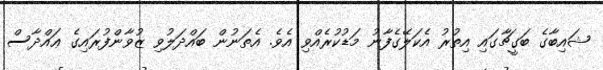
ޝައިބާގެ ބަގީޗާގައި އިތުރު އެކަލޭގެފާނު މަޑުކުރެއްވި އެވެ. އެތަނުން ބައްދަލުވި ޒުވާންފުރައިގެ ޢައްދާސް